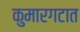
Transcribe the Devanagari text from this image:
कुमारगटात